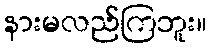
နားမလည်ကြဘူး။